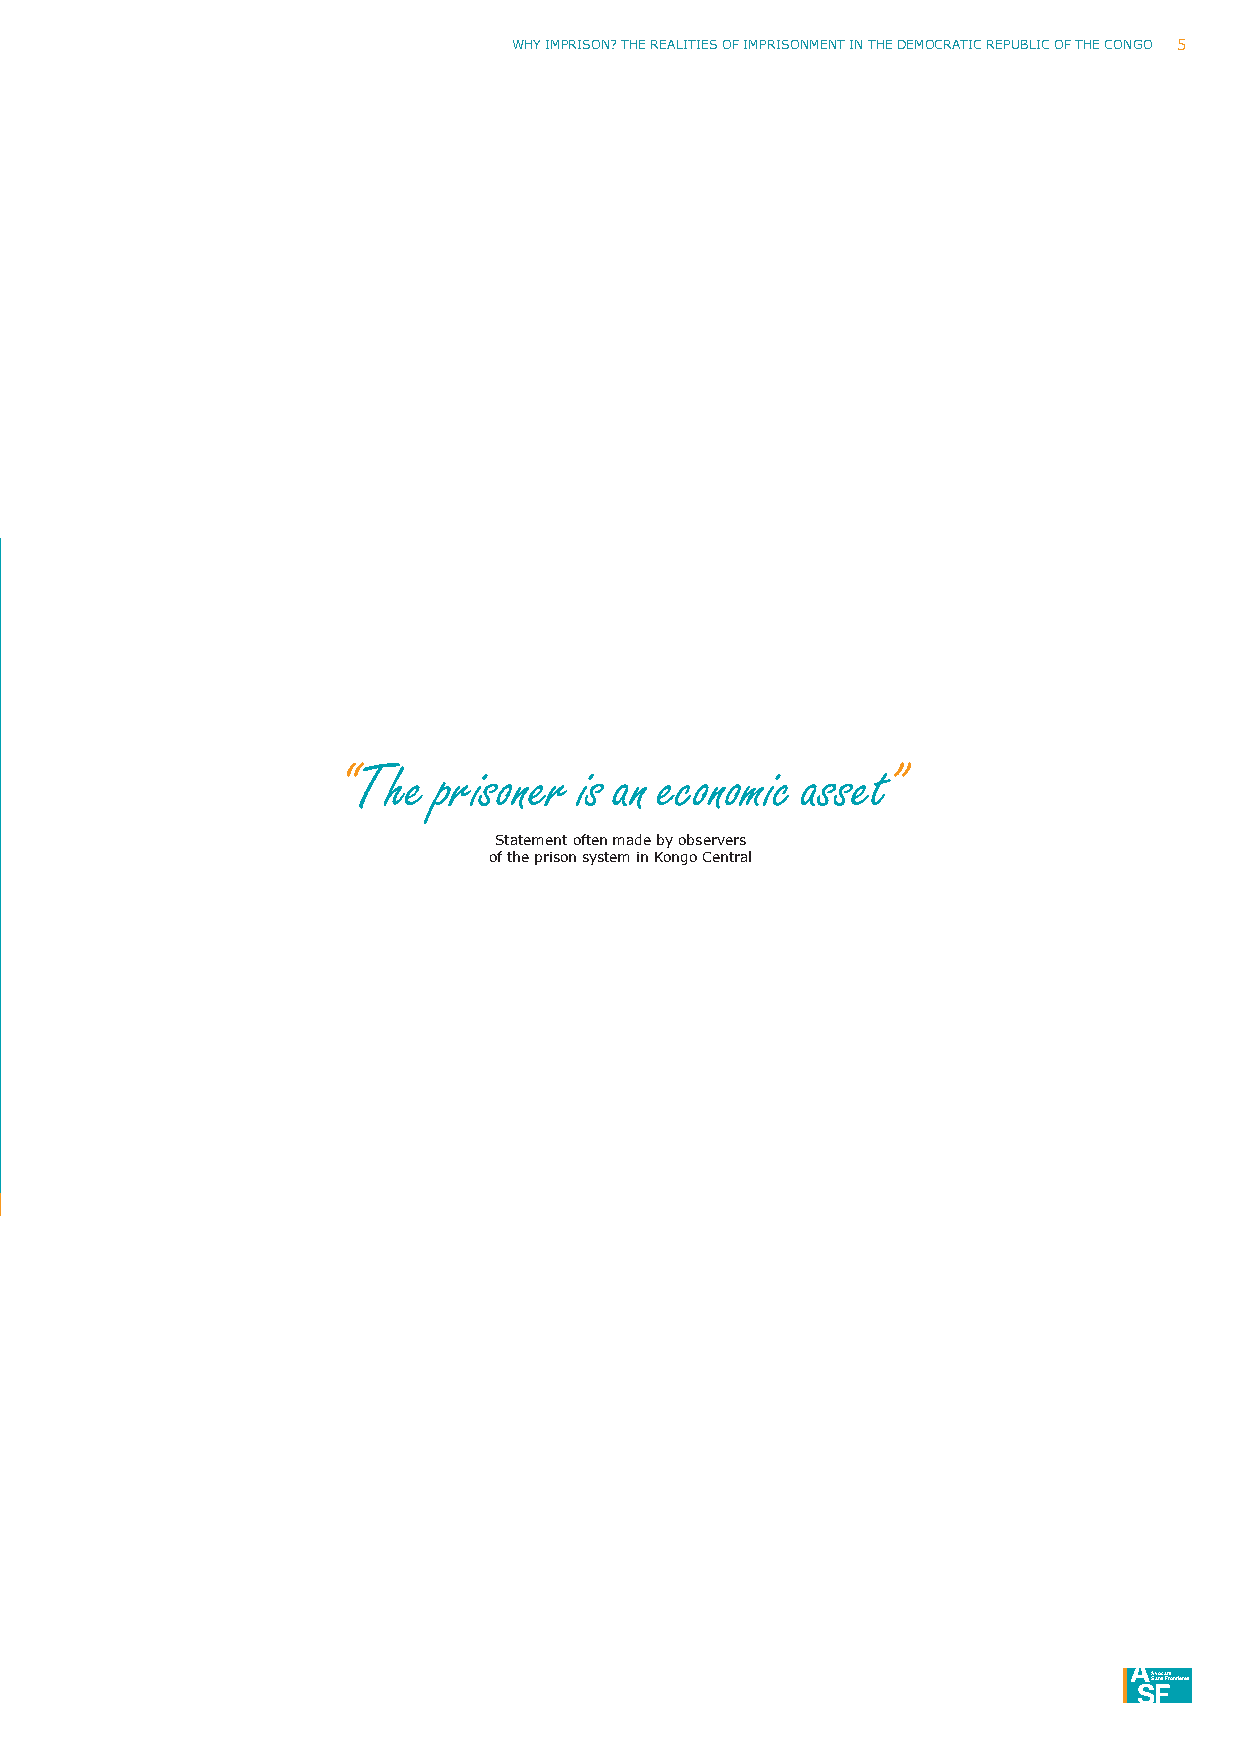
Why ImpRISoN? ThE REAlITIES oF ImpRISoNmENT IN ThE DEmoCRATIC REpuBlIC oF ThE CoNGo 5
 “The  prisoner is an economic asset”
 Statement often made by observers
 of the prison system in Kongo Central
 ASvaoncsa Ftrsontières